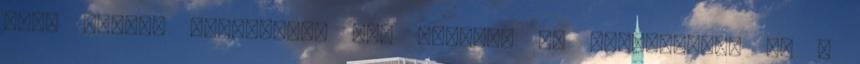
felé sietős léptekkel. Azt hiszem, ma történelmet ír a